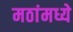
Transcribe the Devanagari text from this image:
मठांमध्ये